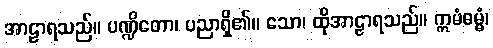
အာဠာရသည်။ ပဏ္ဍိတော၊ ပညာရှိ၏။ သော၊ ထိုအာဠာရသည်။ ဣမံဓမ္မံ၊